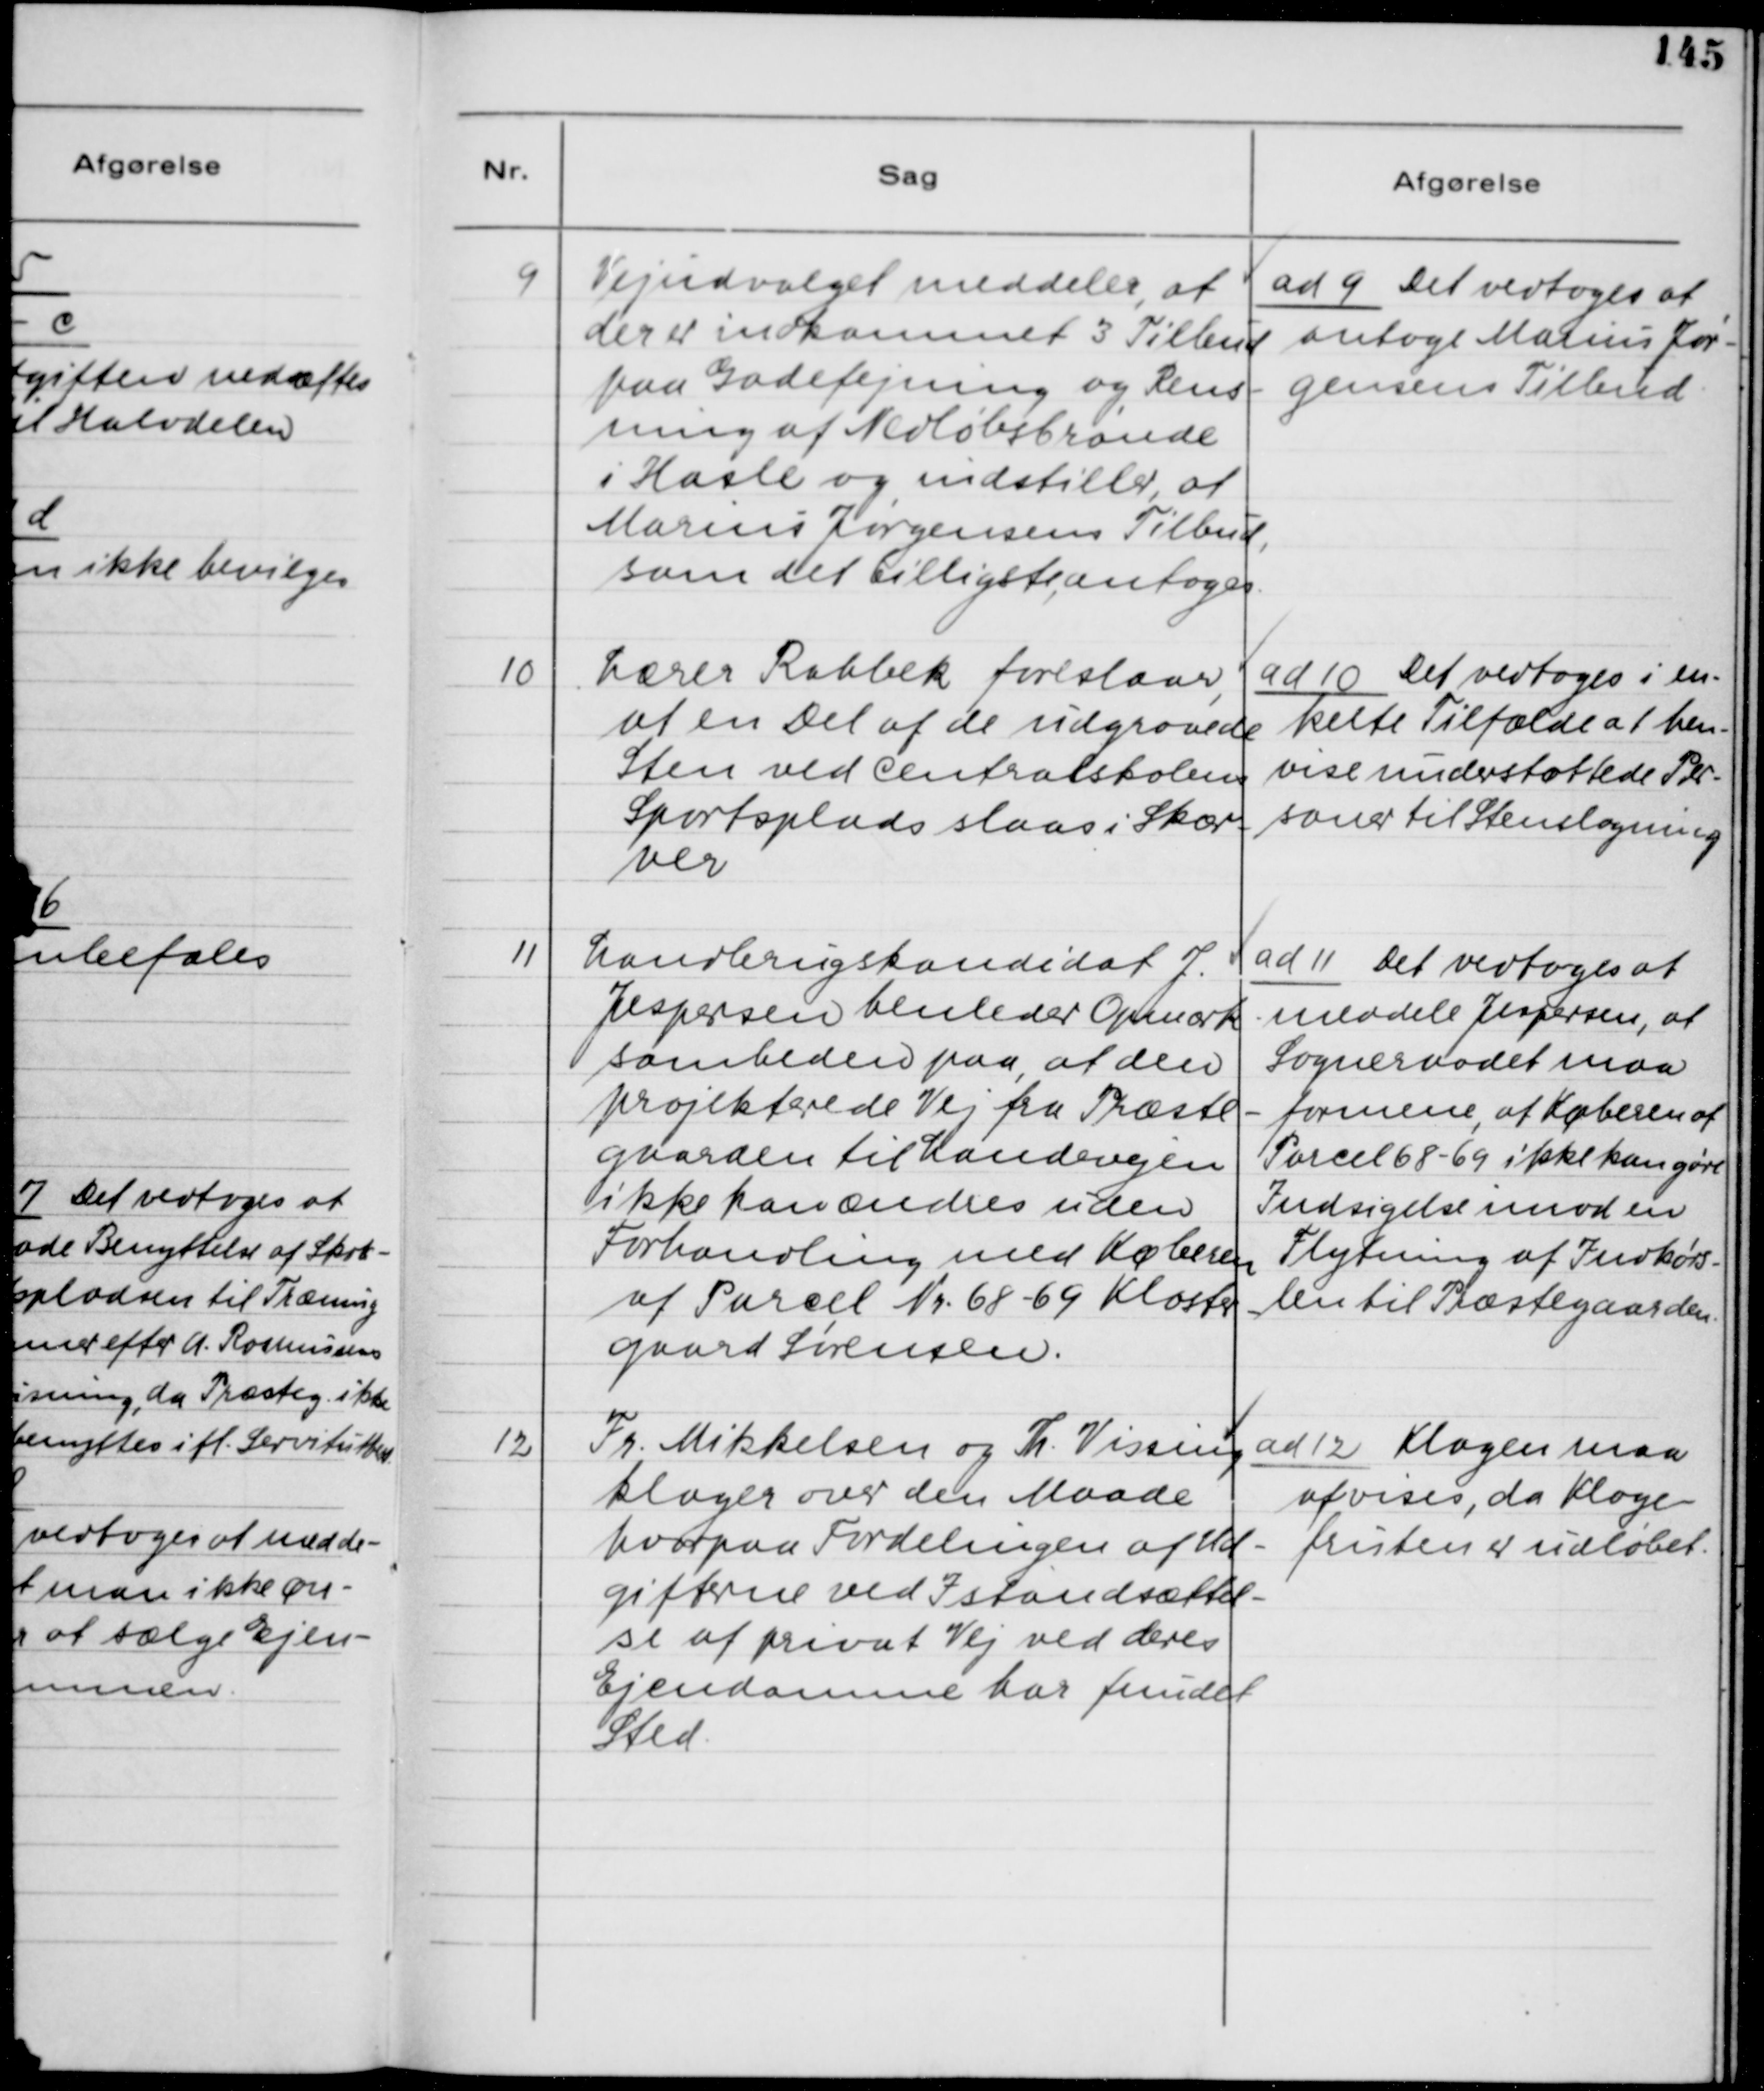
Transskription:
9. Vejudvalget meddeler, at
der er indkommet 3 Tilbud
paa Gadefejning og Rens-
ning af Nedløbsbrønde
i Hasle og indstiller, at
Marius Jørgensens Tilbud,
som det billigste, antages.

ad 9. Det vedtoges at
antage Marius Jør-
gensens Tilbud.

10. Lærer Rahbek foreslaar,
at en Del af de udgravede
Sten ved Centralskolens
Sportsplads slaas i Skær-
ver

ad 10. Det vedtoges i en-
kelte Tilfælde at hen-
vise understøttende Per-
soner til Stenslagning.

11. Landbrugskandidat J.
Jespersen henleder Opmærk-
somheden paa, at den
projekterede Vej paa Præste-
gaarden til Landevejen
ikke kan ændres uden
Forhandling med Køberen
af Parcel Nr. 68 - 69 Kloster-
gaard Sørensen.

ad 11. Det vedtoges at
meddele Jespersen, at
Sogneraadet maa
formene, at Køberen af
Parcel 68 - 69 ikke kan gøre
Indsigelse imod en
Flytning af Indkørs-
len til Præstegaarden.

12. Fr. Mikkelsen og Th. Vissing
klager over den Maade
hvorpaa Fordelingen af Ud-
gifterne ved Istandsættel-
se af privat Vej ved deres
Ejendomme har fundet
Sted.

ad 12. Klagen maa
afvises, da Klage-
fristen er udløbet.